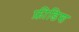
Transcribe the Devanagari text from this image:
फ्रीडिश